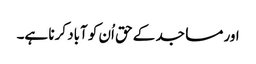
اور مساجد کے حق اُن کو آباد کرنا ہے۔